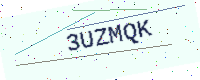
Text: 3UZMQK